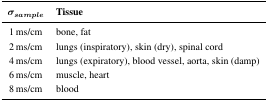
| σsample | Tissue |
 | --- | --- |
 | 1 ms/cm | bone, fat |
 | 2 ms/cm | lungs (inspiratory), skin (dry), spinal cord |
 | 4 ms/cm | lungs (expiratory), blood vessel, aorta, skin (damp) |
 | 6 ms/cm | muscle, heart |
 | 8 ms/cm | blood |